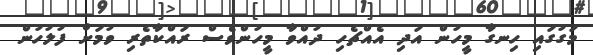
މަގުގައި ހިނގާ މީހުން އަދި އެއްޗެހި ދުއްވާ މީހުންވެސް ރައްކާތެރި ވުމަށް ފުލުހުން